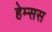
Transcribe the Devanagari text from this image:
हेम्सस